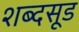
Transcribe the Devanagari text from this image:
शब्दसूड